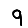
Digit: 9